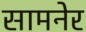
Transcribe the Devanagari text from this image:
सामनेर